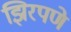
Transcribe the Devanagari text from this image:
झिरपणे